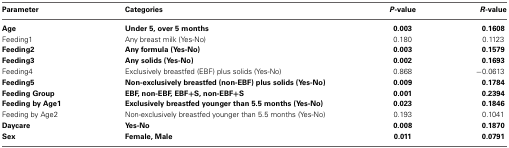
<table><thead><tr><td><b>Parameter</b></td><td><b>Categories</b></td><td><b><i>P</i>-value</b></td><td><b><i>R</i>-value</b></td></tr></thead><tbody><tr><td><b>Age</b></td><td><b>Under 5, over 5 months</b></td><td><b>0.003</b></td><td><b>0.1608</b></td></tr><tr><td>Feeding1</td><td>Any breast milk (Yes-No)</td><td>0.180</td><td>0.1123</td></tr><tr><td><b>Feeding2</b></td><td><b>Any formula (Yes-No)</b></td><td><b>0.003</b></td><td><b>0.1579</b></td></tr><tr><td><b>Feeding3</b></td><td><b>Any solids (Yes-No)</b></td><td><b>0.002</b></td><td><b>0.1693</b></td></tr><tr><td>Feeding4</td><td>Exclusively breastfed (EBF) plus solids (Yes-No)</td><td>0.868</td><td>−0.0613</td></tr><tr><td><b>Feeding5</b></td><td><b>Non-exclusively breastfed (non-EBF) plus solids (Yes-No)</b></td><td><b>0.009</b></td><td><b>0.1784</b></td></tr><tr><td><b>Feeding Group</b></td><td><b>EBF, non-EBF, EBF+S, non-EBF+S</b></td><td><b>0.001</b></td><td><b>0.2394</b></td></tr><tr><td><b>Feeding by Age1</b></td><td><b>Exclusively breastfed younger than 5.5 months (Yes-No)</b></td><td><b>0.023</b></td><td><b>0.1846</b></td></tr><tr><td>Feeding by Age2</td><td>Non-exclusively breastfed younger than 5.5 months (Yes-No)</td><td>0.193</td><td>0.1041</td></tr><tr><td><b>Daycare</b></td><td><b>Yes-No</b></td><td><b>0.008</b></td><td><b>0.1870</b></td></tr><tr><td><b>Sex</b></td><td><b>Female, Male</b></td><td><b>0.011</b></td><td><b>0.0791</b></td></tr></tbody></table>